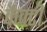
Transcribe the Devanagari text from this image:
कैक्टी